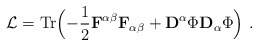
\begin{align*}{\cal L}={\rm Tr}\Bigl(-{1 \over 2}{\bf F}^{\alpha\beta}{\bf F}_{\alpha \beta} +{\bf D}^\alpha \Phi {\bf D}_\alpha \Phi \Bigr) \ .\end{align*}